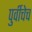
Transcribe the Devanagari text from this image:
पुर्वीचेच